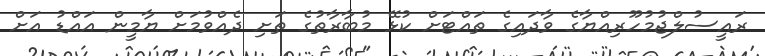
ރައީސުލްޖުމުހޫރިއްޔާގެ ވާދައިގެ ތައްޓަށް ކުޅޭ މުބާރާތުގެ ތަށި ދެއްވުމަށް ޔާމީން އައްޑު އަށް